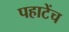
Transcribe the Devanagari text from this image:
पहाटेंच